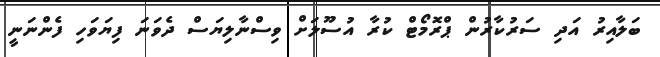
ބަލާއިރު އަދި ސަރުކާރުން ޕްރޮމޯޓް ކުރާ އުސޫލަށް ވިސްނާލިޔަސް ދެވަނަ ފިޔަވަހި ފެންނަނީ